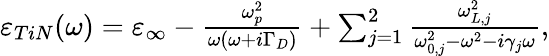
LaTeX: \begin{array}{r}{\varepsilon_{TiN}(\omega)=\varepsilon_{\infty}-\frac{\omega_{p}^{2}}{\omega(\omega+i\Gamma_{D})}+\sum_{j=1}^{2}\frac{\omega_{L,j}^{2}}{\omega_{0,j}^{2}-\omega^{2}-i\gamma_{j}\omega},}\end{array}